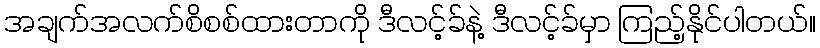
အချက်အလက်စိစစ်ထားတာကို ဒီလင့်ခ်နဲ့ ဒီလင့်ခ်မှာ ကြည့်နိုင်ပါတယ်။